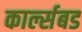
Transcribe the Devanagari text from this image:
कार्ल्सबड